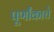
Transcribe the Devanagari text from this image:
पूर्णांकाचे